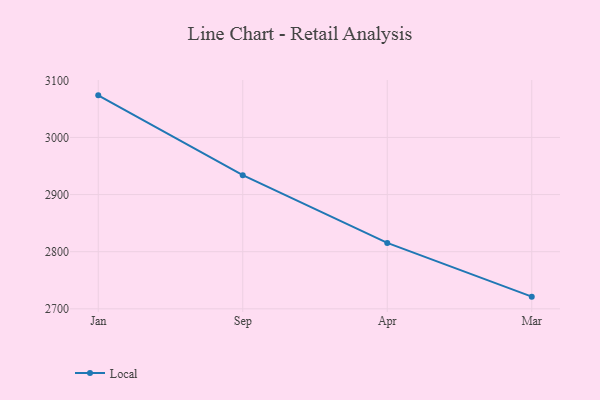
{"axis": {"x": "Month", "y": "Backlog"}, "legend": ["Local"], "data": [{"x": "Jan", "y": 3073.7, "type": "Local"}, {"x": "Sep", "y": 2933.9, "type": "Local"}, {"x": "Apr", "y": 2815.4, "type": "Local"}, {"x": "Mar", "y": 2721.3, "type": "Local"}]}